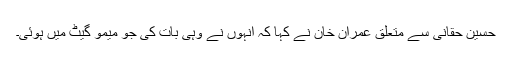
حسین حقانی سے متعلق عمران خان نے کہا کہ انہوں نے وہی بات کی جو میمو گیٹ میں ہوئی۔